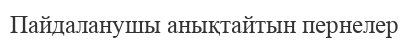
Пайдаланушы анықтайтын пернелер